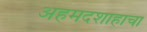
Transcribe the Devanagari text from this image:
अहमदशाहाचा